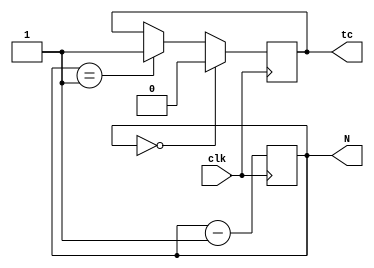
`timescale 1 ns / 1 ps
module DownCounter(clk, tc, N);
	input clk;
	output reg tc;
	output reg [1:0]N;
	
	initial begin
		N <= 0;
	end
	
	always @(posedge clk) begin
		if (N == 0) begin
			N <= 3;
			tc <= 0;
		end
		else
			if (N == 1) tc <= 1;
			N <= N - 1;
	end
endmodule